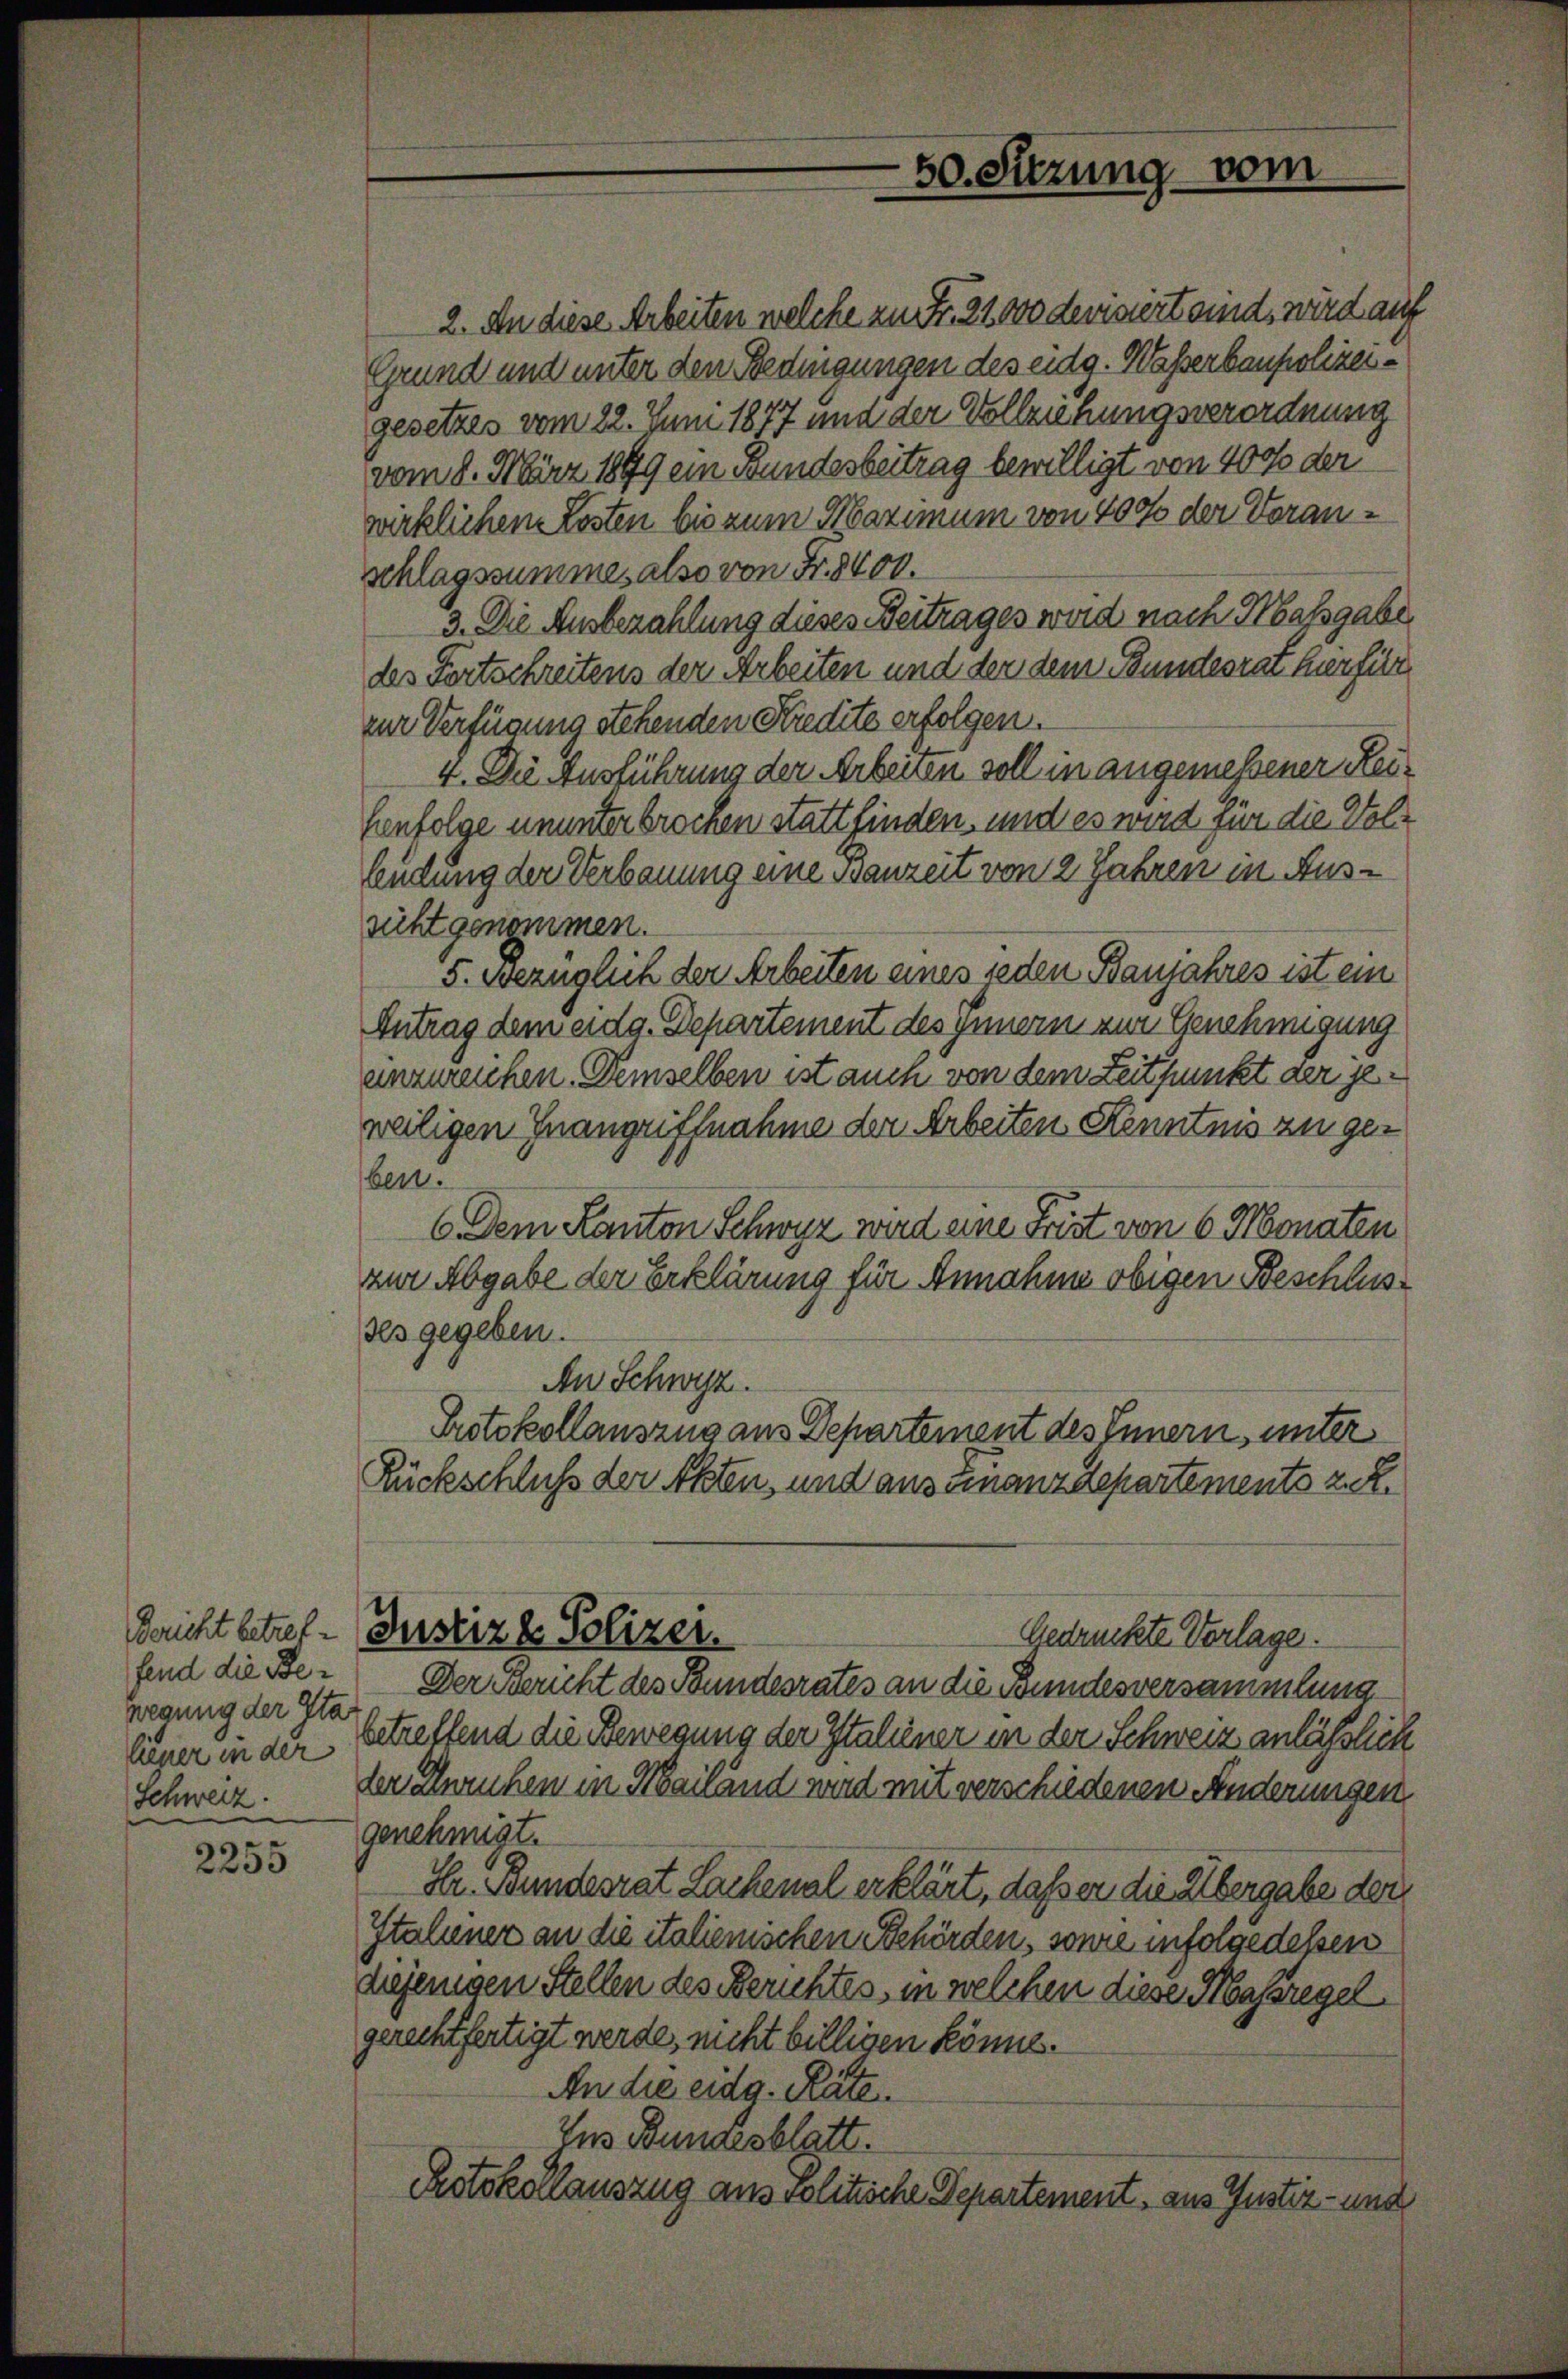
Bericht betreffend die Bewegung der Sta
liener in der
Schweiz.

2255

2. An diese Arbeiten welche zu Fr. 21000 densert sind, wird auf
Grund und unter den Bedingungen des eidg. Wasserbaupolizeigesetzes vom 22. Juni 1877 und der Vollziehungsverordnung
vom 8. März 1899 ein Bundesbeitrag bewilligt von 40% der
wirklichen Losten bis zum Maximum von 400 der Voranschlagssummes also von Fr. 8400.
3. Die Ausbezahlung dieses Beitrages wird nach Massgabe
des Fortschreitens der Arbeiten und der dem Bundesrat hierfül
zur Verfügung stehenden Kredite erfolgen.
4. Die Ausführung der Arbeiten soll in angemessener Rei¬
Eenfolge ununterbrochen stattfinden, und es wird für die Vollendung der Verbauung eine Ganzeit von 2 Jahren in Aussicht genommen.
5. Bezüglich der Arbeiten eines jeden Banjahres ist ein
Antrag dem eidg. Departement des Innern zur Genehmigung
unzureichen. Demselben ist auch von dem Zeitpunkt der jeweiligen Inangriffnahme der Arbeiten Kenntnis zu ger
ben?
6. Dem Kanton Schwyz wird eine Frist von 6 Monaten
zur Abgabe der Erklärung für Annahme obigen Beschlusdes gegeben.
An Schwyz.
Protokollauszug aus Departement des Innern, unter
Rückschluß der Akten, und aus einanzdepartements z. R.
Justiz & Polizei.
Gedruckte Vorlage.
Der Bericht des Bundesrates an die Bundesversammlung
betreffend die Bewegung der Italiener in der Schweiz anlässlich
lerainrichen in Mailänd wird mit verschiedenen Änderungen
genehmigt.
Hr. Bundesrat Lachenal erklärt, daß er die Übergabe der
Italiener an die italienischen Behörden, sonne infolge dessen
diejenigen Stellen des Berichtes, in welchen diese Massregel
gerechtfertigt werde, nicht billigen könne.
An die eidg. Räte
Ius Bundesblatt.
Protokollauszug aus volitische Departement, aus Justiz- und

50. Sitzung vom